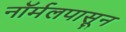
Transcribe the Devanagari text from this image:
नॉर्मलपासून